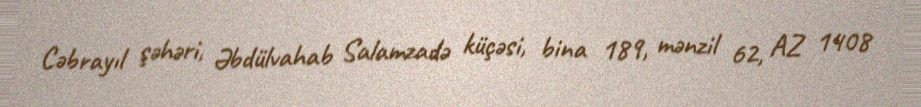
Cəbrayıl şəhəri, Əbdülvahab Salamzadə küçəsi, bina 189, mənzil 62, AZ 1408